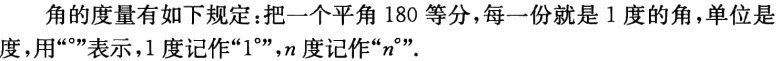
角的度量有如下规定：把一个平角 180 等分，每一份就是 1 度的角，单位是度，用“°”表示，1 度记作“1°”，\(n\)度记作“\(n^{\circ}\)”。